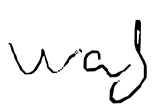
Text: was
Cross-out: clean
Writing tool: digital_black